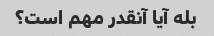
بله آیا آنقدر مهم است؟